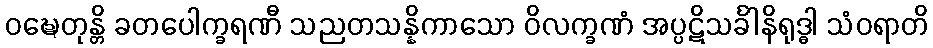
ဝဍ္ဎေတုန္တိ ခတပေါက္ခရဏီ သညတသန္နိကာသော ဝိလက္ခဏံ အပ္ပဋိသင်္ခါနိရုဒ္ဓါ သံဝရာတိ